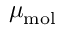
\mu _ { \mathrm { m o l } }